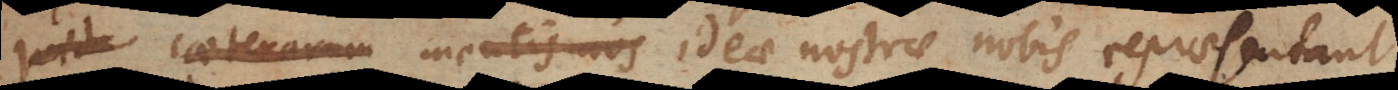
quid caeterarum mentis nos ideae nostrae nobis repraesentant